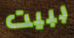
ببيت